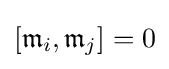
[{\mathfrak {m}}_{i},{\mathfrak {m}}_{j}]=0